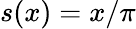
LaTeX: s(x)=x/\pi